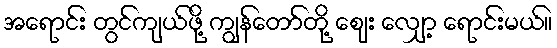
အရောင်း တွင်ကျယ်ဖို့ ကျွန်တော်တို့ ဈေး လျှော့ ရောင်းမယ်။